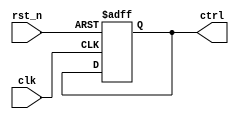
// This program was cloned from: https://github.com/chipsalliance/aib-phy-hardware
// License: Apache License 2.0

// SPDX-License-Identifier: Apache-2.0
// Copyright (C) 2019 Intel Corporation. 
//test control register (clock chain)
module hdpldadapt_cmn_occ_test_control_register (
  clk,
  rst_n,
  ctrl
//  clken
);

input clk;
input rst_n;
output [1:0] ctrl;
//output clken;

// test clock enable
//reg clken /* synopsys preserve_sequential */;

//always @(posedge clk)
//begin
//  clken <= clken;
//end

// counter logic
reg [1:0] ctrl /* synopsys preserve_sequential */;

always @(posedge clk or negedge rst_n)
begin
  if(rst_n == 1'b0)
    ctrl <= 2'b00;
  else
    ctrl <= ctrl;
end

endmodule